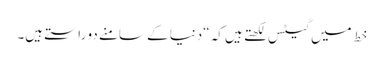
خط میں گیٹس لکھتے ہیں کہ “دنیا کے سامنے دو راستے ہیں۔